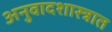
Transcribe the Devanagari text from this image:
अनुवादशास्त्रात